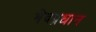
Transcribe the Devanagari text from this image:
भेदप्रधान